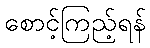
စောင့်ကြည့်ရန်